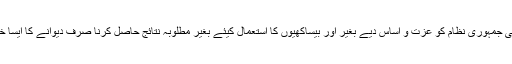
سو عمران خان کو فی الحال یہ بھی سمجھنا ہے کہ پارلیمانی جمہوری نظام کو عزت و اساس دیے بغیر اور بیساکھیوں کا استعمال کیئے بغیر مطلوبہ نتائج حاصل کرنا صرف دیوانے کا ایسا خواب ہے جو شیروانی پہننے کے خبط میی مبتلا ہوگیا ہے ۔